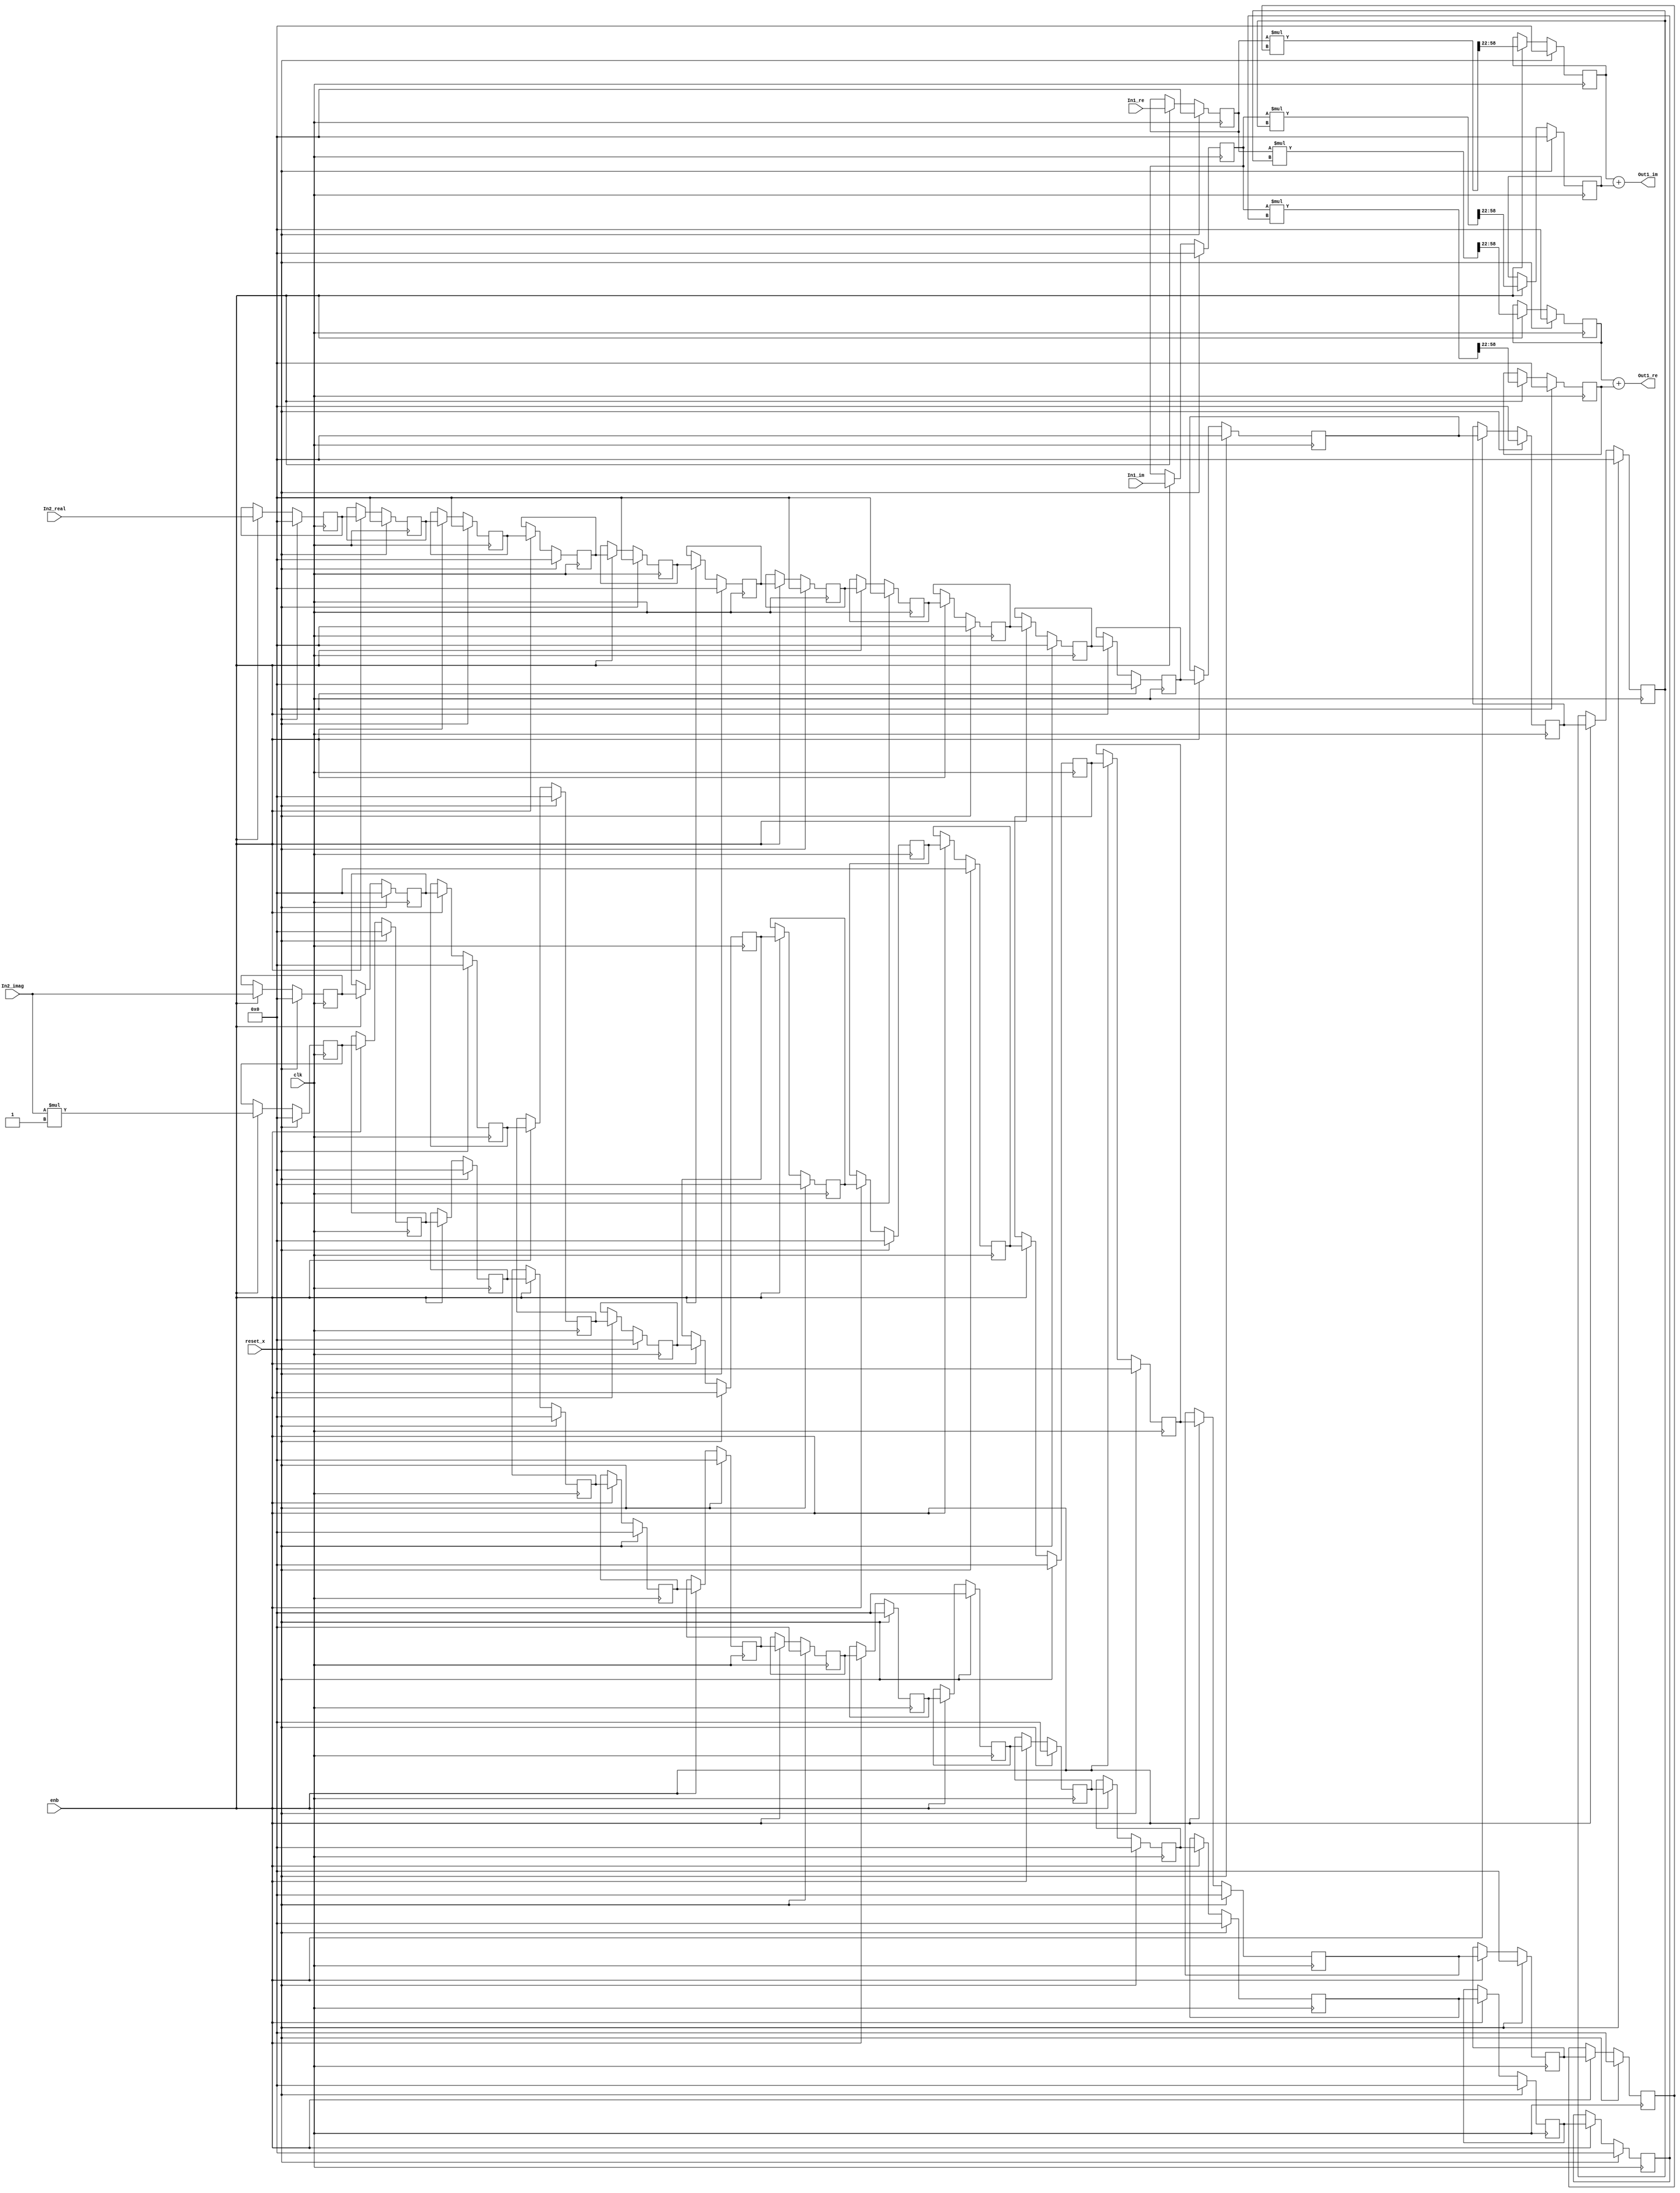
// -------------------------------------------------------------
// 
// 
// Generated by MATLAB 9.8 and HDL Coder 3.16
// 
// -------------------------------------------------------------


// -------------------------------------------------------------
// 
// Module: Complex_multiplication_block27
// Source Path: newhope_cambios/FDHT/DFT_2/DFT10 - block_2/DFT5-row 2/DFT5-3/Complex-multiplication
// Hierarchy Level: 5
// 
// -------------------------------------------------------------

`timescale 1 ns / 1 ns

module Complex_multiplication_block27
          (clk,
           reset_x,
           enb,
           In1_re,
           In1_im,
           In2_real,
           In2_imag,
           Out1_re,
           Out1_im);


  input   clk;
  input   reset_x;
  input   enb;
  input   signed [36:0] In1_re;  // sfix37_En22
  input   signed [36:0] In1_im;  // sfix37_En22
  input   signed [36:0] In2_real;  // sfix37_En22
  input   signed [36:0] In2_imag;  // sfix37_En22
  output  signed [36:0] Out1_re;  // sfix37_En22
  output  signed [36:0] Out1_im;  // sfix37_En22


  reg signed [36:0] Complex_to_Real_Imag1_out1;  // sfix37_En22
  reg signed [36:0] reduced_reg [0:13];  // sfix37 [14]
  wire signed [36:0] reduced_reg_next [0:13];  // sfix37_En22 [14]
  wire signed [36:0] In2_real_1;  // sfix37_En22
  wire signed [73:0] Product_mul_temp;  // sfix74_En44
  wire signed [36:0] Product_out1;  // sfix37_En22
  reg signed [36:0] Product_out1_1;  // sfix37_En22
  reg signed [36:0] Complex_to_Real_Imag1_out2;  // sfix37_En22
  wire signed [1:0] Constant_out1;  // sfix2
  wire signed [38:0] Product4_mul_temp;  // sfix39_En22
  wire signed [36:0] Product4_out1;  // sfix37_En22
  reg signed [36:0] HwModeRegister3_reg [0:13];  // sfix37 [14]
  wire signed [36:0] HwModeRegister3_reg_next [0:13];  // sfix37_En22 [14]
  wire signed [36:0] Product4_out1_1;  // sfix37_En22
  wire signed [73:0] Product1_mul_temp;  // sfix74_En44
  wire signed [36:0] Product1_out1;  // sfix37_En22
  reg signed [36:0] Product1_out1_1;  // sfix37_En22
  wire signed [36:0] Sum_out1;  // sfix37_En22
  reg signed [36:0] HwModeRegister5_reg [0:13];  // sfix37 [14]
  wire signed [36:0] HwModeRegister5_reg_next [0:13];  // sfix37_En22 [14]
  wire signed [36:0] In2_imag_1;  // sfix37_En22
  wire signed [73:0] Product2_mul_temp;  // sfix74_En44
  wire signed [36:0] Product2_out1;  // sfix37_En22
  reg signed [36:0] Product2_out1_1;  // sfix37_En22
  wire signed [73:0] Product3_mul_temp;  // sfix74_En44
  wire signed [36:0] Product3_out1;  // sfix37_En22
  reg signed [36:0] Product3_out1_1;  // sfix37_En22
  wire signed [36:0] Sum1_out1;  // sfix37_En22


  always @(posedge clk)
    begin : reduced_process
      if (reset_x == 1'b1) begin
        Complex_to_Real_Imag1_out1 <= 37'sh0000000000;
      end
      else begin
        if (enb) begin
          Complex_to_Real_Imag1_out1 <= In1_re;
        end
      end
    end



  always @(posedge clk)
    begin : reduced_1_process
      if (reset_x == 1'b1) begin
        reduced_reg[0] <= 37'sh0000000000;
        reduced_reg[1] <= 37'sh0000000000;
        reduced_reg[2] <= 37'sh0000000000;
        reduced_reg[3] <= 37'sh0000000000;
        reduced_reg[4] <= 37'sh0000000000;
        reduced_reg[5] <= 37'sh0000000000;
        reduced_reg[6] <= 37'sh0000000000;
        reduced_reg[7] <= 37'sh0000000000;
        reduced_reg[8] <= 37'sh0000000000;
        reduced_reg[9] <= 37'sh0000000000;
        reduced_reg[10] <= 37'sh0000000000;
        reduced_reg[11] <= 37'sh0000000000;
        reduced_reg[12] <= 37'sh0000000000;
        reduced_reg[13] <= 37'sh0000000000;
      end
      else begin
        if (enb) begin
          reduced_reg[0] <= reduced_reg_next[0];
          reduced_reg[1] <= reduced_reg_next[1];
          reduced_reg[2] <= reduced_reg_next[2];
          reduced_reg[3] <= reduced_reg_next[3];
          reduced_reg[4] <= reduced_reg_next[4];
          reduced_reg[5] <= reduced_reg_next[5];
          reduced_reg[6] <= reduced_reg_next[6];
          reduced_reg[7] <= reduced_reg_next[7];
          reduced_reg[8] <= reduced_reg_next[8];
          reduced_reg[9] <= reduced_reg_next[9];
          reduced_reg[10] <= reduced_reg_next[10];
          reduced_reg[11] <= reduced_reg_next[11];
          reduced_reg[12] <= reduced_reg_next[12];
          reduced_reg[13] <= reduced_reg_next[13];
        end
      end
    end

  assign In2_real_1 = reduced_reg[13];
  assign reduced_reg_next[0] = In2_real;
  assign reduced_reg_next[1] = reduced_reg[0];
  assign reduced_reg_next[2] = reduced_reg[1];
  assign reduced_reg_next[3] = reduced_reg[2];
  assign reduced_reg_next[4] = reduced_reg[3];
  assign reduced_reg_next[5] = reduced_reg[4];
  assign reduced_reg_next[6] = reduced_reg[5];
  assign reduced_reg_next[7] = reduced_reg[6];
  assign reduced_reg_next[8] = reduced_reg[7];
  assign reduced_reg_next[9] = reduced_reg[8];
  assign reduced_reg_next[10] = reduced_reg[9];
  assign reduced_reg_next[11] = reduced_reg[10];
  assign reduced_reg_next[12] = reduced_reg[11];
  assign reduced_reg_next[13] = reduced_reg[12];



  assign Product_mul_temp = Complex_to_Real_Imag1_out1 * In2_real_1;
  assign Product_out1 = Product_mul_temp[58:22];



  always @(posedge clk)
    begin : PipelineRegister_process
      if (reset_x == 1'b1) begin
        Product_out1_1 <= 37'sh0000000000;
      end
      else begin
        if (enb) begin
          Product_out1_1 <= Product_out1;
        end
      end
    end



  always @(posedge clk)
    begin : reduced_2_process
      if (reset_x == 1'b1) begin
        Complex_to_Real_Imag1_out2 <= 37'sh0000000000;
      end
      else begin
        if (enb) begin
          Complex_to_Real_Imag1_out2 <= In1_im;
        end
      end
    end



  assign Constant_out1 = 2'sb11;



  assign Product4_mul_temp = In2_imag * Constant_out1;
  assign Product4_out1 = Product4_mul_temp[36:0];



  always @(posedge clk)
    begin : HwModeRegister3_process
      if (reset_x == 1'b1) begin
        HwModeRegister3_reg[0] <= 37'sh0000000000;
        HwModeRegister3_reg[1] <= 37'sh0000000000;
        HwModeRegister3_reg[2] <= 37'sh0000000000;
        HwModeRegister3_reg[3] <= 37'sh0000000000;
        HwModeRegister3_reg[4] <= 37'sh0000000000;
        HwModeRegister3_reg[5] <= 37'sh0000000000;
        HwModeRegister3_reg[6] <= 37'sh0000000000;
        HwModeRegister3_reg[7] <= 37'sh0000000000;
        HwModeRegister3_reg[8] <= 37'sh0000000000;
        HwModeRegister3_reg[9] <= 37'sh0000000000;
        HwModeRegister3_reg[10] <= 37'sh0000000000;
        HwModeRegister3_reg[11] <= 37'sh0000000000;
        HwModeRegister3_reg[12] <= 37'sh0000000000;
        HwModeRegister3_reg[13] <= 37'sh0000000000;
      end
      else begin
        if (enb) begin
          HwModeRegister3_reg[0] <= HwModeRegister3_reg_next[0];
          HwModeRegister3_reg[1] <= HwModeRegister3_reg_next[1];
          HwModeRegister3_reg[2] <= HwModeRegister3_reg_next[2];
          HwModeRegister3_reg[3] <= HwModeRegister3_reg_next[3];
          HwModeRegister3_reg[4] <= HwModeRegister3_reg_next[4];
          HwModeRegister3_reg[5] <= HwModeRegister3_reg_next[5];
          HwModeRegister3_reg[6] <= HwModeRegister3_reg_next[6];
          HwModeRegister3_reg[7] <= HwModeRegister3_reg_next[7];
          HwModeRegister3_reg[8] <= HwModeRegister3_reg_next[8];
          HwModeRegister3_reg[9] <= HwModeRegister3_reg_next[9];
          HwModeRegister3_reg[10] <= HwModeRegister3_reg_next[10];
          HwModeRegister3_reg[11] <= HwModeRegister3_reg_next[11];
          HwModeRegister3_reg[12] <= HwModeRegister3_reg_next[12];
          HwModeRegister3_reg[13] <= HwModeRegister3_reg_next[13];
        end
      end
    end

  assign Product4_out1_1 = HwModeRegister3_reg[13];
  assign HwModeRegister3_reg_next[0] = Product4_out1;
  assign HwModeRegister3_reg_next[1] = HwModeRegister3_reg[0];
  assign HwModeRegister3_reg_next[2] = HwModeRegister3_reg[1];
  assign HwModeRegister3_reg_next[3] = HwModeRegister3_reg[2];
  assign HwModeRegister3_reg_next[4] = HwModeRegister3_reg[3];
  assign HwModeRegister3_reg_next[5] = HwModeRegister3_reg[4];
  assign HwModeRegister3_reg_next[6] = HwModeRegister3_reg[5];
  assign HwModeRegister3_reg_next[7] = HwModeRegister3_reg[6];
  assign HwModeRegister3_reg_next[8] = HwModeRegister3_reg[7];
  assign HwModeRegister3_reg_next[9] = HwModeRegister3_reg[8];
  assign HwModeRegister3_reg_next[10] = HwModeRegister3_reg[9];
  assign HwModeRegister3_reg_next[11] = HwModeRegister3_reg[10];
  assign HwModeRegister3_reg_next[12] = HwModeRegister3_reg[11];
  assign HwModeRegister3_reg_next[13] = HwModeRegister3_reg[12];



  assign Product1_mul_temp = Complex_to_Real_Imag1_out2 * Product4_out1_1;
  assign Product1_out1 = Product1_mul_temp[58:22];



  always @(posedge clk)
    begin : PipelineRegister1_process
      if (reset_x == 1'b1) begin
        Product1_out1_1 <= 37'sh0000000000;
      end
      else begin
        if (enb) begin
          Product1_out1_1 <= Product1_out1;
        end
      end
    end



  assign Sum_out1 = Product_out1_1 + Product1_out1_1;



  assign Out1_re = Sum_out1;

  always @(posedge clk)
    begin : HwModeRegister5_process
      if (reset_x == 1'b1) begin
        HwModeRegister5_reg[0] <= 37'sh0000000000;
        HwModeRegister5_reg[1] <= 37'sh0000000000;
        HwModeRegister5_reg[2] <= 37'sh0000000000;
        HwModeRegister5_reg[3] <= 37'sh0000000000;
        HwModeRegister5_reg[4] <= 37'sh0000000000;
        HwModeRegister5_reg[5] <= 37'sh0000000000;
        HwModeRegister5_reg[6] <= 37'sh0000000000;
        HwModeRegister5_reg[7] <= 37'sh0000000000;
        HwModeRegister5_reg[8] <= 37'sh0000000000;
        HwModeRegister5_reg[9] <= 37'sh0000000000;
        HwModeRegister5_reg[10] <= 37'sh0000000000;
        HwModeRegister5_reg[11] <= 37'sh0000000000;
        HwModeRegister5_reg[12] <= 37'sh0000000000;
        HwModeRegister5_reg[13] <= 37'sh0000000000;
      end
      else begin
        if (enb) begin
          HwModeRegister5_reg[0] <= HwModeRegister5_reg_next[0];
          HwModeRegister5_reg[1] <= HwModeRegister5_reg_next[1];
          HwModeRegister5_reg[2] <= HwModeRegister5_reg_next[2];
          HwModeRegister5_reg[3] <= HwModeRegister5_reg_next[3];
          HwModeRegister5_reg[4] <= HwModeRegister5_reg_next[4];
          HwModeRegister5_reg[5] <= HwModeRegister5_reg_next[5];
          HwModeRegister5_reg[6] <= HwModeRegister5_reg_next[6];
          HwModeRegister5_reg[7] <= HwModeRegister5_reg_next[7];
          HwModeRegister5_reg[8] <= HwModeRegister5_reg_next[8];
          HwModeRegister5_reg[9] <= HwModeRegister5_reg_next[9];
          HwModeRegister5_reg[10] <= HwModeRegister5_reg_next[10];
          HwModeRegister5_reg[11] <= HwModeRegister5_reg_next[11];
          HwModeRegister5_reg[12] <= HwModeRegister5_reg_next[12];
          HwModeRegister5_reg[13] <= HwModeRegister5_reg_next[13];
        end
      end
    end

  assign In2_imag_1 = HwModeRegister5_reg[13];
  assign HwModeRegister5_reg_next[0] = In2_imag;
  assign HwModeRegister5_reg_next[1] = HwModeRegister5_reg[0];
  assign HwModeRegister5_reg_next[2] = HwModeRegister5_reg[1];
  assign HwModeRegister5_reg_next[3] = HwModeRegister5_reg[2];
  assign HwModeRegister5_reg_next[4] = HwModeRegister5_reg[3];
  assign HwModeRegister5_reg_next[5] = HwModeRegister5_reg[4];
  assign HwModeRegister5_reg_next[6] = HwModeRegister5_reg[5];
  assign HwModeRegister5_reg_next[7] = HwModeRegister5_reg[6];
  assign HwModeRegister5_reg_next[8] = HwModeRegister5_reg[7];
  assign HwModeRegister5_reg_next[9] = HwModeRegister5_reg[8];
  assign HwModeRegister5_reg_next[10] = HwModeRegister5_reg[9];
  assign HwModeRegister5_reg_next[11] = HwModeRegister5_reg[10];
  assign HwModeRegister5_reg_next[12] = HwModeRegister5_reg[11];
  assign HwModeRegister5_reg_next[13] = HwModeRegister5_reg[12];



  assign Product2_mul_temp = Complex_to_Real_Imag1_out1 * In2_imag_1;
  assign Product2_out1 = Product2_mul_temp[58:22];



  always @(posedge clk)
    begin : PipelineRegister2_process
      if (reset_x == 1'b1) begin
        Product2_out1_1 <= 37'sh0000000000;
      end
      else begin
        if (enb) begin
          Product2_out1_1 <= Product2_out1;
        end
      end
    end



  assign Product3_mul_temp = Complex_to_Real_Imag1_out2 * In2_real_1;
  assign Product3_out1 = Product3_mul_temp[58:22];



  always @(posedge clk)
    begin : PipelineRegister3_process
      if (reset_x == 1'b1) begin
        Product3_out1_1 <= 37'sh0000000000;
      end
      else begin
        if (enb) begin
          Product3_out1_1 <= Product3_out1;
        end
      end
    end



  assign Sum1_out1 = Product2_out1_1 + Product3_out1_1;



  assign Out1_im = Sum1_out1;

endmodule  // Complex_multiplication_block27